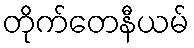
တိုက်တေနီယမ်